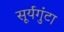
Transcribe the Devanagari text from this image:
सूर्यगुंटा